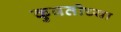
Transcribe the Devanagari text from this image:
कुवतीच्या